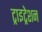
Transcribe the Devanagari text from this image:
ट्राइट्रेशन